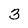
Character: 3